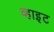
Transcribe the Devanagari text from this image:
व्हाइ़ट